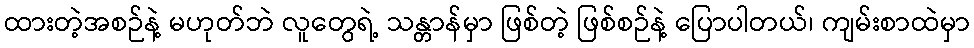
ထားတဲ့အစဉ်နဲ့ မဟုတ်ဘဲ လူတွေရဲ့ သန္တာန်မှာ ဖြစ်တဲ့ ဖြစ်စဉ်နဲ့ ပြောပါတယ်၊ ကျမ်းစာထဲမှာ